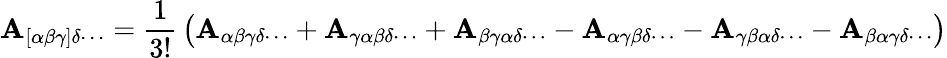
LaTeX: \mathbf{A}_{[\alpha\beta\gamma]\delta\cdots}={\frac{{1}}{{3!}}}\left(\mathbf{A}_{\alpha\beta\gamma\delta\cdots}+\mathbf{A}_{\gamma\alpha\beta\delta\cdots}+\mathbf{A}_{\beta\gamma\alpha\delta\cdots}-\mathbf{A}_{\alpha\gamma\beta\delta\cdots}-\mathbf{A}_{\gamma\beta\alpha\delta\cdots}-\mathbf{A}_{\beta\alpha\gamma\delta\cdots}\right)